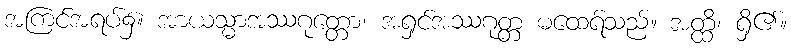
အကြင်အရပ်၌။ အာယသ္မာအဿဂုတ္တော၊ အရှင်အဿဂုတ္တ မထေရ်သည်။ အတ္ထိ၊ ရှိ၏။